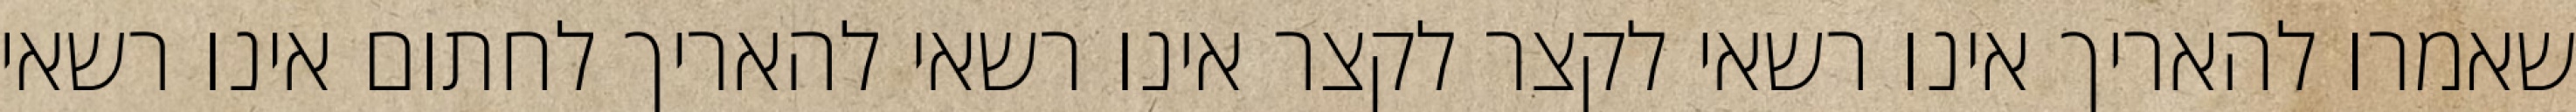
שאמרו להאריך אינו רשאי לקצר לקצר אינו רשאי להאריך לחתום אינו רשאי